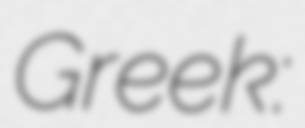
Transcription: Greek: